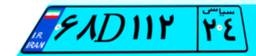
۶۸D۱۱۲۲۴